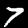
Digit: 7